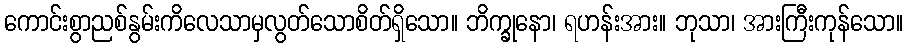
ကောင်းစွာညစ်နွမ်းကိလေသာမှလွတ်သောစိတ်ရှိသော။ ဘိက္ခုနော၊ ရဟန်းအား။ ဘုသာ၊ အားကြီးကုန်သော။